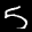
Label: 5